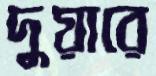
দুয়ারে